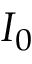
I _ { 0 }